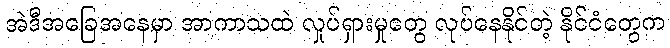
အဲဒီအခြေအနေမှာ အာကာသထဲ လှုပ်ရှားမှုတွေ လုပ်နေနိုင်တဲ့ နိုင်ငံတွေက